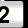
Digit: 2